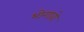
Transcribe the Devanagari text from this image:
भोगावो